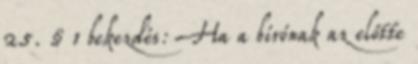
25. § 1 bekezdés: Ha a bírónak az előtte